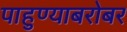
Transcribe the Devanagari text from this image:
पाहुण्याबरोबर